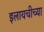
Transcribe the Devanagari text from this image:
इलायचीच्या